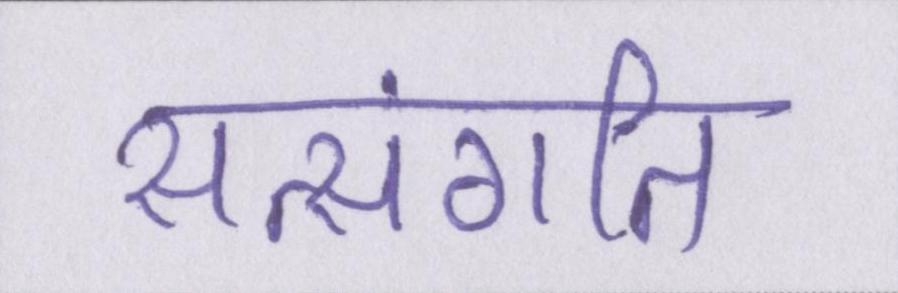
सत्संगति